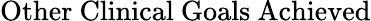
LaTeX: \mathrm{Other~Clinical~Goals~Achieved}